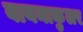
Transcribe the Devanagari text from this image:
बायनाकुलर